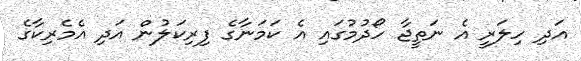
އަދި ހިލަރީ އެ ނަތީޖާ ހޯދުމުގައި އެ ކަމަނާގެ ފިރިކަލުން އަދި އެމެރިކާގެ